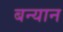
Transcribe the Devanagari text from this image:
बन्यान